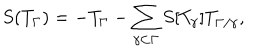
S ( T _ { \Gamma } ) = - T _ { \Gamma } - \sum _ { \gamma \subset \Gamma } S [ T _ { \gamma } ] T _ { \Gamma / \gamma } ,